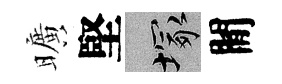
曠堅塚閒